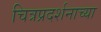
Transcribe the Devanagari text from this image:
चित्रप्रदर्शनाच्या